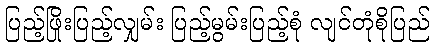
ပြည့်ဖြိုးပြည့်လျှမ်း ပြည့်မွမ်းပြည့်စုံ လျင်တုံစိုပြည်